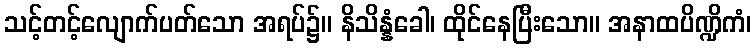
သင့်တင့်လျောက်ပတ်သော အရပ်၌။ နိသိန္နံခေါ၊ ထိုင်နေပြီးသော။ အနာထပိဏ္ဍိကံ၊